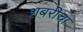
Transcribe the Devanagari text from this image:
शबरीचा